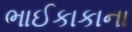
ભાઈકાકાના